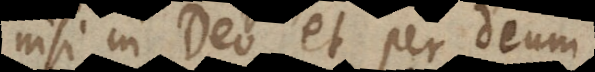
nisi in Deo et per Deum